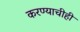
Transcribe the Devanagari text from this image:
करण्‍याचीही